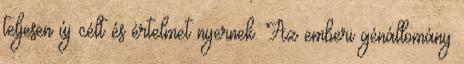
teljesen új célt és értelmet nyernek. Az emberi génállomány